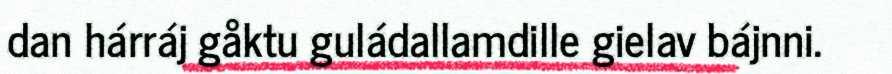
dan hárráj gåktu guládallamdille gielav bájnni.